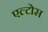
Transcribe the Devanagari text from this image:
एल्टोस